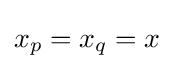
x_{p}=x_{q}=x